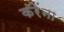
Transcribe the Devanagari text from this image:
कॅरेंना